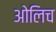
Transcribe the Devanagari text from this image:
ओलिच